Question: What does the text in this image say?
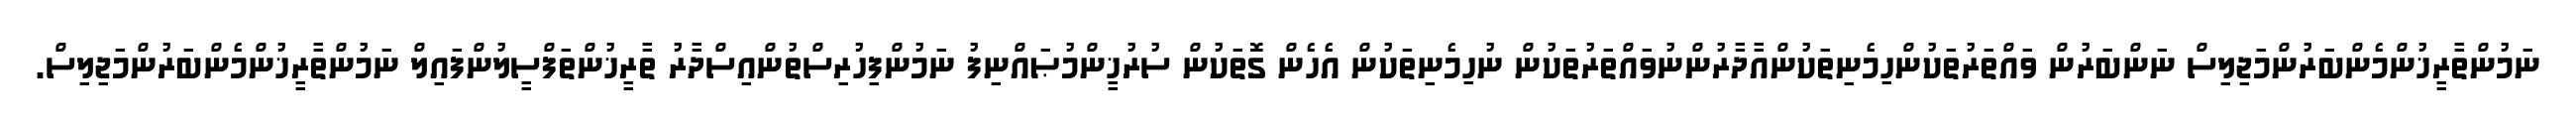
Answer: ނަމުންތާރީޚުންމެންބަރުންމަޖިލިސް ނަންބަރުން ވައްތަރުތަކުންހިމެނިތަކުންއާދާރުންނުވައްތަރުތަކުން ނުހިމެނިތަކުން އެހެން ގޮތަކުން ސުރުޚީންމުޞައްނިފު ނަމުންފިހުރިސްތުންއިސްދާރު ތާރީޚުންތަފްސީލުންފައިލް ނަމުންތާރީޚުންމެންބަރުންމަޖިލިސް.